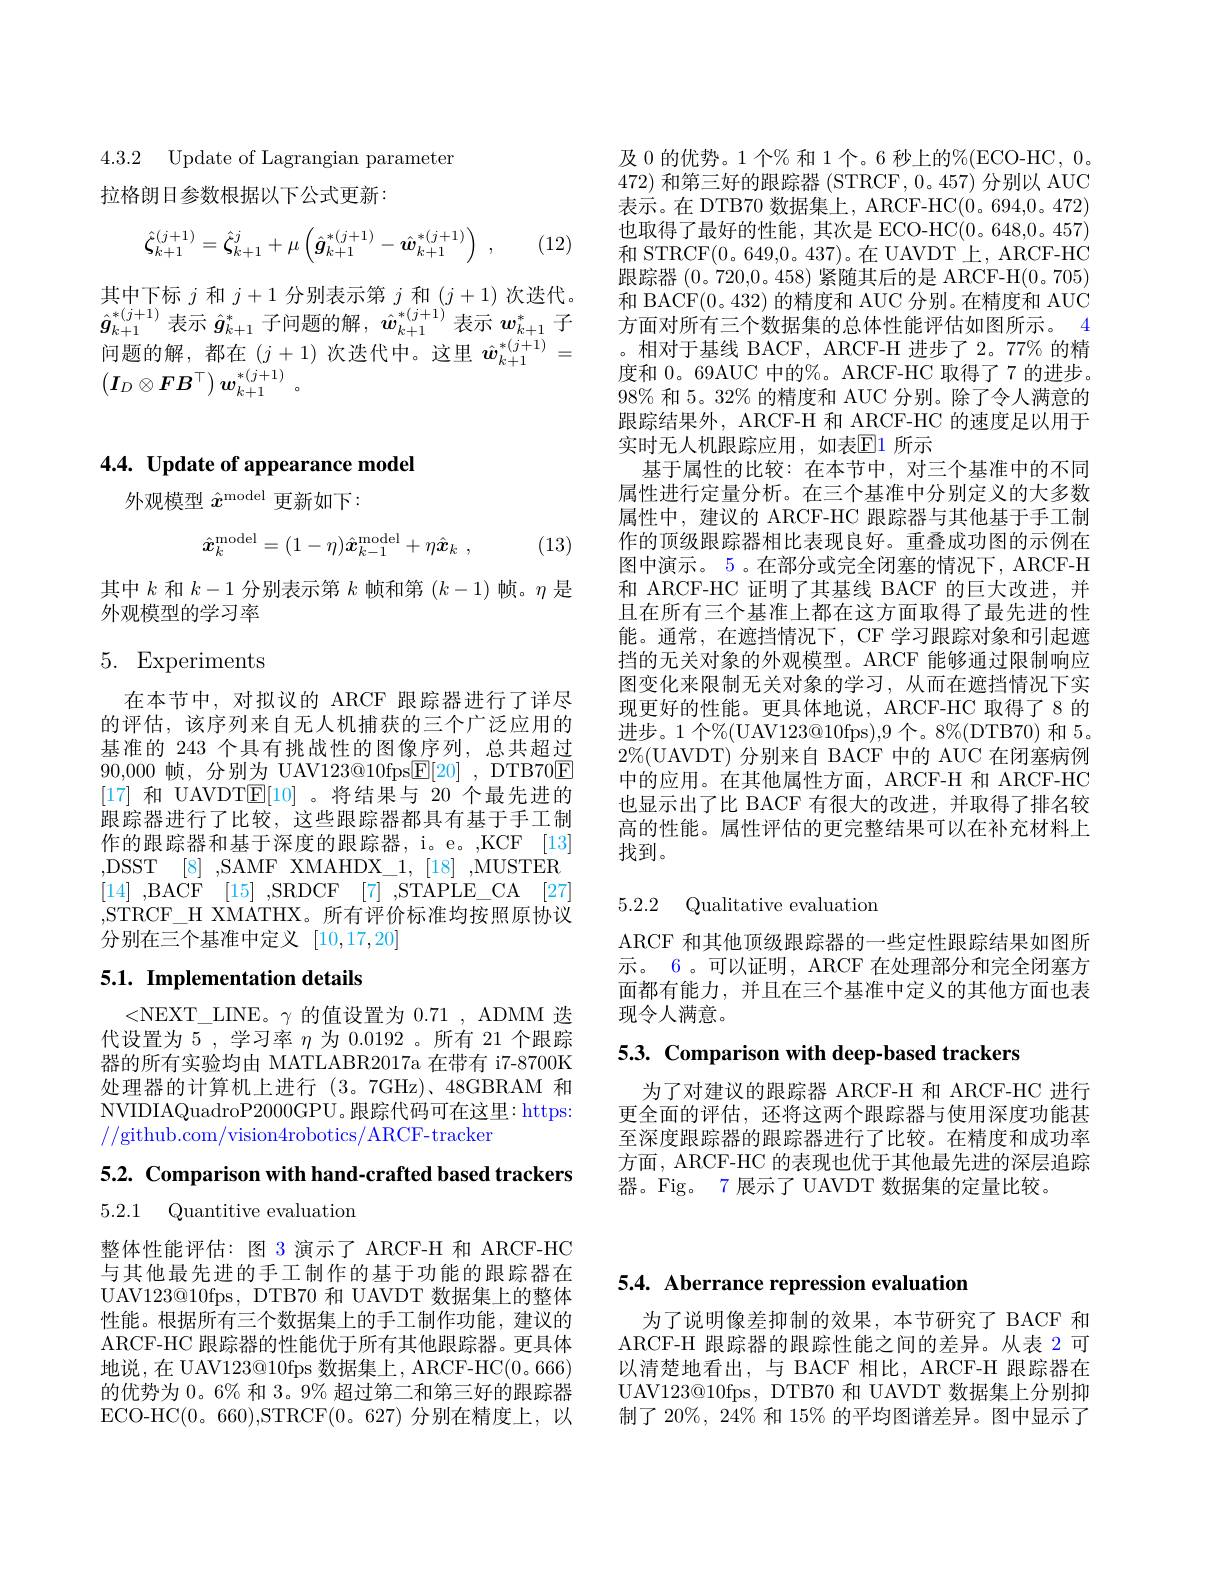
4.3.2 Update of Lagrangian parameter

拉格朗日参数根据以下公式更新：
$$\hat{\boldsymbol{\zeta}}_{k+1}^{(j+1)}=\hat{\boldsymbol{\zeta}}_{k+1}^{j}+\mu\left(\hat{\boldsymbol{g}}_{k+1}^{*(j+1)}-\hat{\boldsymbol{w}}_{k+1}^{*(j+1)}\right)\:,$$
(12)

其中下标$j$和$j+1$分别表示第$j$和$(j+1)$次迭代。$\hat{\boldsymbol{g}}_{k+1}^{*(j+1)}$表示$\hat{\boldsymbol{g}}_{k+1}^{*}$子问题的解，$\hat{\boldsymbol{w}}_{k+1}^{*(j+1)}$表示$w_{k+1}^{*}$子问题的解，都在(j+1)次迭代中。这里$\hat{w}_{k+1}^{*(j+1)}=$ $\left(\boldsymbol{I}_{D}\otimes\boldsymbol{F}\boldsymbol{B}^{\top}\right)\boldsymbol{w}_{k+1}^{*(j+1)}$。

# 4.4. Update of appearance model

外观模型$\hat{x}^\mathrm{model}$更新如下：
$$\hat{\boldsymbol{x}}_k^\mathrm{model}=(1-\eta)\hat{\boldsymbol{x}}_{k-1}^\mathrm{model}+\eta\hat{\boldsymbol{x}}_k\:,$$
(13)

其中$k$和$k-1$分别表示第$k$帧和第$(k-1)$帧。$\eta$是
外观模型的学习率

# 5. Experiments

在本节中，对拟议的 ARCF 跟踪器进行了详尽的评估，该序列来自无人机捕获的三个广泛应用的基准的 243 个具有挑战性的图像序列，总共超过90,000帧，分别为 UAV123@10fps$\boxed{\mathrm{F} }[ 20]$ , DTB70$\boxed{\mathrm{F}}$ [17]和 UAVDTE[10]。将结果与 20 个最先进的跟踪器进行了比较，这些跟踪器都具有基于手工制作的跟踪器和基于深度的跟踪器，i。e。,KCF [13] ,DSST [8] ,SAMF XMAHDX$\_ 1$, [18] MUSTER [14] ,BACF [15] ,SRDCF [7] ,STAPLE\_CA [27] ,STRCF\_H XMATHX。所有评价标准均按照原协议分别在三个基准中定义[10,17,20]

# 5.1. Implementation details

<NEXT\_LINE。$\gamma$的值设置为 0.71, ADMM 迭代设置为 5 , 学习率$\eta$为 0.0192 。所有 21 个跟踪器的所有实验均由 MATLABR2017a 在带有 i7-8700K 处理器的计算机上进行 (3。7GHz)、48GBRAM 和NVIDIAQuadroP2000GPU。跟踪代码可在这里：https: //github.com/vision4robotics/ARCF-tracker

5.2. Comparison with hand-crafted based trackers

5.2.1 Quantitive evaluation

整体性能评估：图 3 演示了 ARCF-H 和 ARCF-HC 与其他最先进的手工制作的基于功能的跟踪器在UAV123@10fps, DTB70 和 UAVDT 数据集上的整体性能。根据所有三个数据集上的手工制作功能，建议的ARCF-HC 跟踪器的性能优于所有其他跟踪器。更具体地说，在 UAV123@10fps 数据集上，ARCF-HC(0。666) 的优势为 0。6% 和 3。9% 超过第二和第三好的跟踪器ECO- HC( 0。660) , STRCF( 0。627) 分 别 在 精 度 上 , 以

及 0 的优势。1 个% 和 1 个。6 秒上的%(ECO-HC, 0。472)和第三好的跟踪器 (STRCF, 0。457) 分别以 AUC 表示。在 DTB70 数据集上，ARCF-HC(0。694,0。472) 也取得了最好的性能，其次是 ECO-HC(0。648,0。457) 和 STRCF(0。649,0。437)。在 UAVDT 上，ARCF-HC 跟踪器(0。720,0。458) 紧随其后的是 ARCF-H(0。705) 和 BACF(0。432)的精度和 AUC 分别。在精度和 AUC 方面对所有三个数据集的总体性能评估如图所示。4 。相对于基线 BACF, ARCF-H 进步了 2。77% 的精度和 0。69AUC 中的%。ARCF-HC 取得了7 的进步。98% 和 5。32% 的精度和 AUC 分别。除了令人满意的跟踪结果外，ARCF-H 和 ARCF-HC 的速度足以用于实时无人机跟踪应用，如表$\mathbb{E}$1 所示
基于属性的比较：在本节中，对三个基准中的不同属性进行定量分析。在三个基准中分别定义的大多数属性中，建议的 ARCF-HC 跟踪器与其他基于手工制作的顶级跟踪器相比表现良好。重叠成功图的示例在图中演示。5。在部分或完全闭塞的情况下，ARCF-H 和 ARCF-HC 证明了其基线 BACF 的巨大改进，并且在所有三个基准上都在这方面取得了最先进的性能。通常，在遮挡情况下，CF 学习跟踪对象和引起遮挡的无关对象的外观模型。ARCF 能够通过限制响应图变化来限制无关对象的学习，从而在遮挡情况下实现更好的性能。更具体地说，ARCF-HC 取得了 8 的进步。1 个$\%($UAV123@10fps),9 个。8%(DTB70) 和 5。$2\%($UAVDT) 分别来自 BACF 中的 AUC 在闭塞病例中的应用。在其他属性方面，ARCF-H 和 ARCF-HC 也显示出了比 BACF 有很大的改进，并取得了排名较高的性能。属性评估的更完整结果可以在补充材料上找到。

5.2.2 Qualitative evaluation

ARCF 和其他顶级跟踪器的一些定性跟踪结果如图所示。6。可以证明，ARCF 在处理部分和完全闭塞方面都有能力，并且在三个基准中定义的其他方面也表现令人满意。

5.3. Comparison with deep-based trackers

为了对建议的跟踪器 ARCF-H 和 ARCF-HC 进行更全面的评估，还将这两个跟踪器与使用深度功能甚至深度跟踪器的跟踪器进行了比较。在精度和成功率方面，ARCF-HC 的表现也优于其他最先进的深层追踪器。Fig。7 展示了 UAVDT 数据集的定量比较。

5.4. Aberrance repression evaluation

为了说明像差抑制的效果，本节研究了 BACF 和ARCF-H 跟踪器的跟踪性能之间的差异。从表 2 可以清楚地看出，与 BACF 相比，ARCF-H 跟踪器在UAV123@10fps, DTB70 和 UAVDT 数据集上分别抑制了 20%, 24% 和 15% 的平均图谱差异。图中显示了